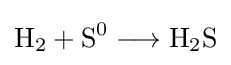
{\mathrm {H} {\vphantom {A}}_{\smash[{t}]{2}}{}+{}\mathrm {S} {\vphantom {A}}^{0}{}\mathrel {\longrightarrow } {}\mathrm {H} {\vphantom {A}}_{\smash[{t}]{2}}\mathrm {S} }